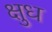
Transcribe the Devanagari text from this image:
क्षुध